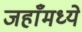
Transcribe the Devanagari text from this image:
जहाँमध्ये